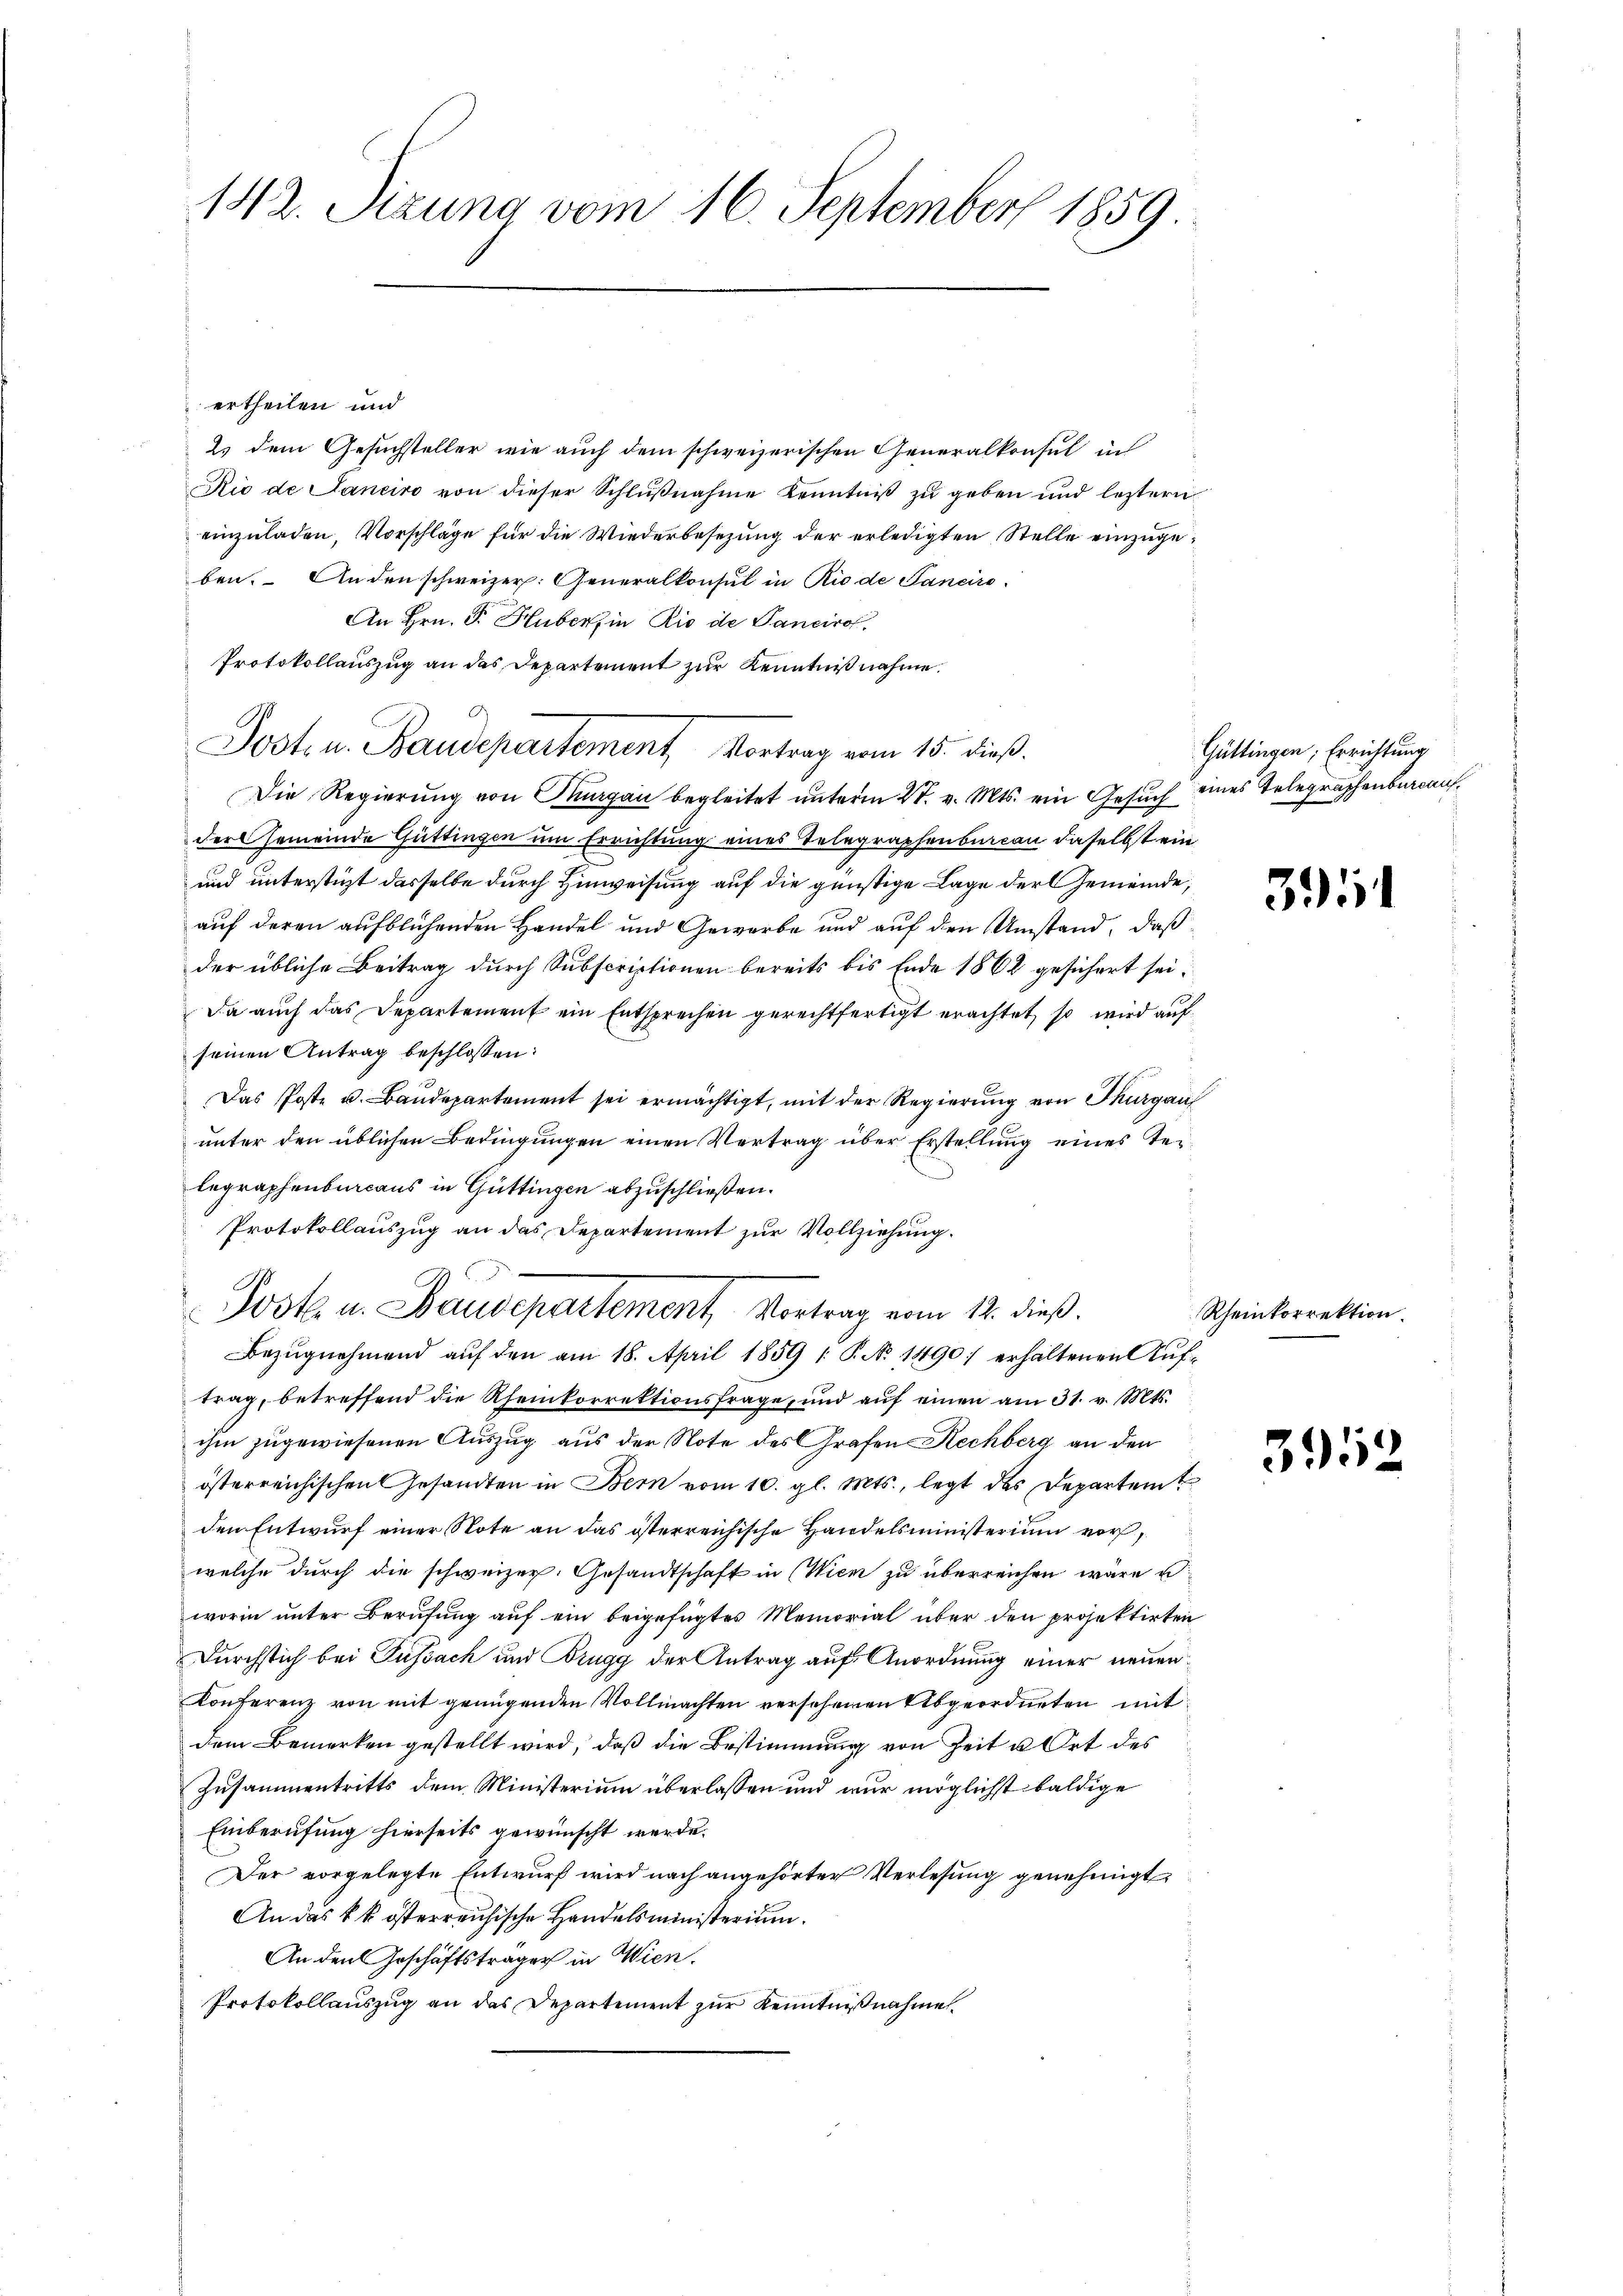
142. Sizung vom 16. September 1859.

ertheilen und
2. dem Gesuchsteller wie auch dem schweizerischen Generalkonsul in
Rio de Saneiro von dieser Schlußnahme Kenntniß zu geben und leztern
einzuladen, Vorschläge für die Wiederbesezung der erledigten Stelle einzugeben. Anden schweizer. Generalkonsul in Rio de Sanciro-
An Hrn. F. Huber, in Rio de Panciro
Protokollauszug an das Departement zur Kenntniß nahme.
Jost u. Baudepartement Vortrag vom 15. dieß.
Die Regierung von Thurgau begleitet unterm 27. v. Mts. ein Gesuch eines Telegraphenbureaufder Gemeinde Güttingen um Errichtung eines Telegraphenbureau daselbst ein
und unterstüzt dasselbe durch Hinweisung auf die günstige Lage der Gemeinde,
auf deren aufblühenden Handel und Gewerbe und auf den Umstand, daß
der übliche Beitrag durch Subscriptionen bereits bis Ende 1862 gesichert sei.
Da auch das Departement ein Entsprechen gerechtfertigt erachtet, so wird auf
seinen Antrag beschlossen:
Das Poste u. Baudepartement sei ermächtigt, mit der Regierung von Thurgau
unter den üblichen Bedingungen einen Vertrag über Erstellung eines Terlegraphenbureaus in Güttingen abzuschließen.
Protokollauszug an das Departement zur Vollziehung.
C
Jook u. Baudepartement, Vortrag vom 12. dieß.
Bezugnehmend auf den am 18. April 1859 /: P. No 1490 erhaltenen Auftrag, betreffend die Ahenkorrektionsfrage, und aŭf einen am 31. v. Mts.
ihm zugewiesenen Auszug aus der Note des Grafen Rechberg an den
österreichischen Gesandten in Bern vom 10. gl. Mts., legt des Departent
den Entwurf einer Note an das österreichische Handelsministerium vorwelche durch die schweizer. Gesandtschaft in Wien zu überreichen wäre u.
worin unter Berufung auf ein beigefügtes Memorial über den projektirten
Durchstich bei Fussach und Brugg der Antrag auf Anordnung einer neuen¬
Konferenz von mit genügenden Vollmachten versehenen Abgeordneten mit
dem Bemerken gestellt wird, daß die Bestimmung von Zeit u Ort des
Zusammentritts dem Ministerium überlassen und nur möglichst baldige
Einberufung hierseits gewünscht werde.
Der vorgelegte Entwurf wird nach angehörter Verlesung genehmigt,
An das k k. österreichische Handelsministerium.
An den Geschäftsträger in Wien.
Protokollauszug an das Departement zur Kenntnißnahme

s

Güttingen; Errichtung

391

Rheinkorrektion.

3952